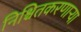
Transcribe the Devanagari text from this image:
निश्चितकरणाऱ्या